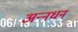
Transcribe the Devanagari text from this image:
अन्‍नधन